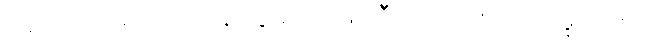
၁၃၀၁။ သရဏဒုကနိဒ္ဒေသေ၊ ၌။ တီသု, အကုသလမူလေသု၊